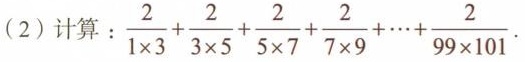
(2)计算: $$\frac { 2 } { 1 \times 3 } + \frac { 2 } { 3 \times 5 } + \frac { 2 } { 5 \times 7 } + \frac { 2 } { 7 \times 9 } + …+ \frac { 2 } { 9 9 \times 1 0 1 }$$.